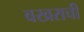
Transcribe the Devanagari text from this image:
वखराची